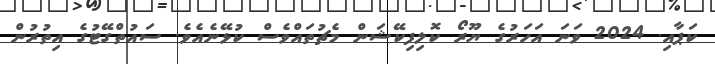
ކަޕާއި. 2024 ވަނަ އަހަރުގެ ޔޫރޯ ކޮލިފިކޭޝަން މެޗުތައްވެސް ކުޅޭނެއެވެ. ސައުތްގޭޓުގެ އިތުރުން